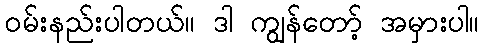
ဝမ်းနည်းပါတယ်။ ဒါ ကျွန်တော့် အမှားပါ။